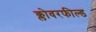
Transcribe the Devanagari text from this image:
क्लोवरफील्ड